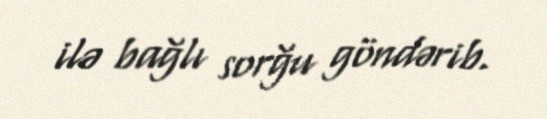
ilə bağlı sorğu göndərib.